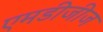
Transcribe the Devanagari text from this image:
एमडीजीज